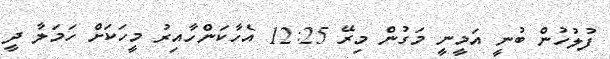
ފުލުހުން ބުނީ އަމީނީ މަގުން މިރޭ 12:25 އެހާކަންހާއިރު މީހަކަށް ހަމަލާ ދީ